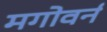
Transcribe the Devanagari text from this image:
मगोवर्न